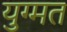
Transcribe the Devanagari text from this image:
युग्मत